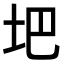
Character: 𪣀